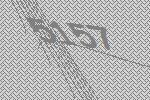
5157